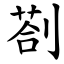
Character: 剳